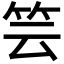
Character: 𥬀